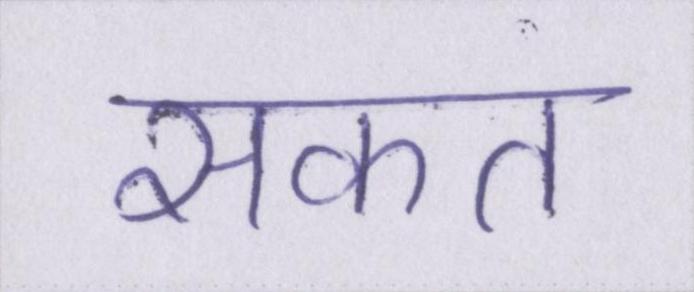
सकत